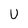
Character: U